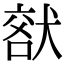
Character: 𤟞